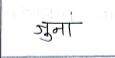
मजकूर: जुना